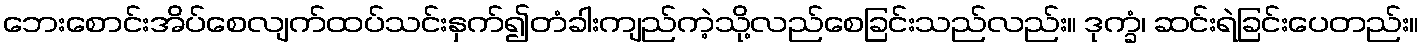
ဘေးစောင်းအိပ်စေလျက်ထပ်သင်းနှက်၍တံခါးကျည်ကဲ့သို့လည်စေခြင်းသည်လည်း။ ဒုက္ခံ၊ ဆင်းရဲခြင်းပေတည်း။